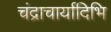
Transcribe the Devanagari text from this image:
चंद्राचार्यादिभि